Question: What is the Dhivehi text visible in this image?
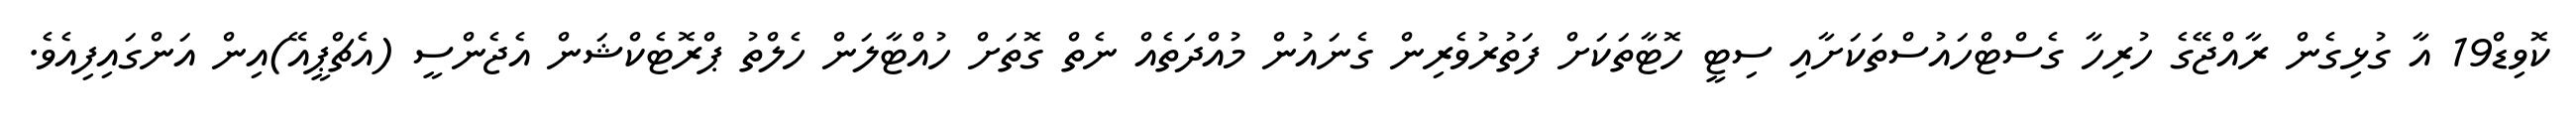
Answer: ކޮވިޑް19 އާ ގުޅިގެން ރާއްޖޭގެ ހުރިހާ ގެސްޓްހައުސްތަކަށާއި ސިޓީ ހޮޓާތަކަށް ފަތުރުވެރިން ގެނައުން މުއްދަތެއް ނެތް ގޮތަށް ހުއްޓާލަން ހެލްތު ޕްރޮޓެކްޝަން އެޖެންސީ (އެޗްޕީއޭ)އިން އަންގައިފިއެވެ.